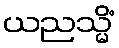
ယညသ္မိံ